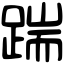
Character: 踹